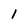
Character: 1